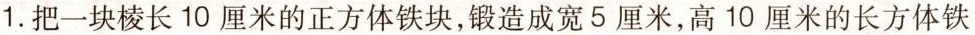
1. 把一块棱长10厘米的正方体铁块，锻造成宽5厘米，高10厘米的长方体铁